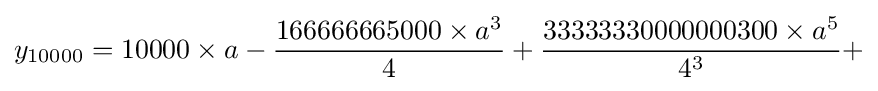
y_{10000}=10000\times a-{\frac {166666665000\times a^{3}}{4}}+{\frac {33333330000000300\times a^{5}}{4^{3}}}+